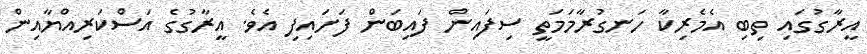
އީރާގުގައި ތިބި އެމެރިކާ ހަނގުރާމަމަތީ ސިފައިން ފައިބަން ފަށައިފި އެވެ. އީރާގުގެ އަސްކަރިއްޔާއިން